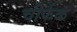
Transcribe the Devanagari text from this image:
चीर्फळ